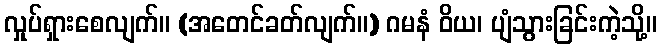
လှုပ်ရှားစေလျက်။ (အတေင်ခတ်လျက်။) ဂမနံ ဝိယ၊ ပျံသွားခြင်းကဲ့သို့။